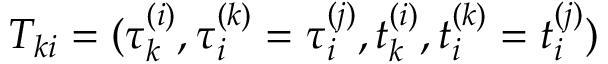
T _ { k i } = ( \tau _ { k } ^ { ( i ) } , \tau _ { i } ^ { ( k ) } = \tau _ { i } ^ { ( j ) } , t _ { k } ^ { ( i ) } , t _ { i } ^ { ( k ) } = t _ { i } ^ { ( j ) } )